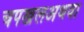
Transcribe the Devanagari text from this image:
चपखलअथवा